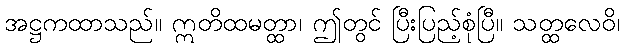
အဋ္ဌကထာသည်။ ဣတိထမတ္ထာ၊ ဤတွင် ပြီးပြည့်စုံပြီ။ သတ္ထလေဝိ၊